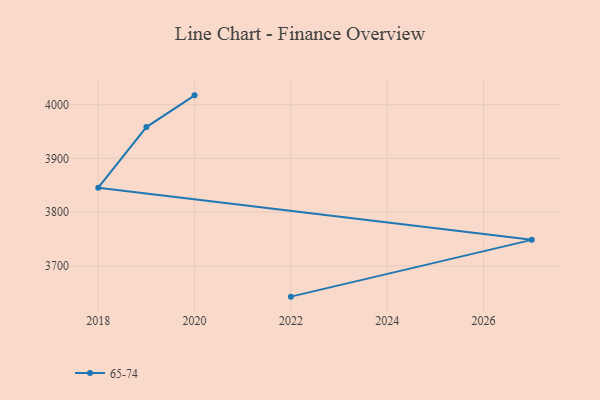
{"axis": {"x": "Year", "y": "Budget (USD K)"}, "legend": ["65-74"], "data": [{"x": "2020", "y": 4017.4, "type": "65-74"}, {"x": "2019", "y": 3958.4, "type": "65-74"}, {"x": "2018", "y": 3845.6, "type": "65-74"}, {"x": "2027", "y": 3748.4, "type": "65-74"}, {"x": "2022", "y": 3642.7, "type": "65-74"}]}